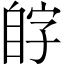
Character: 𫇊